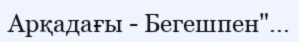
Арқадағы - Бегешпен"...